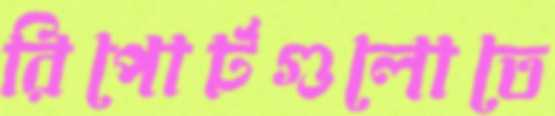
রিপোর্টগুলোতে